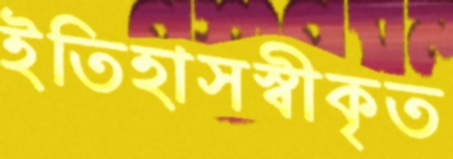
ইতিহাসস্বীকৃত